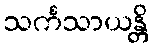
သင်္ကသာယန္တိ